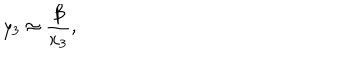
y _ { 3 } \approx { \frac { \beta } { x _ { 3 } } } ,